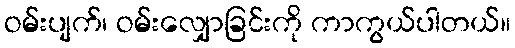
ဝမ်းပျက်၊ ဝမ်းလျှောခြင်းကို ကာကွယ်ပါတယ်။